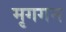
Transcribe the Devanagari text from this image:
मृगगन